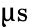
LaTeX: \upmu\mathrm{s}